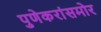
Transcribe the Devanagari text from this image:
पुणेकरांसमोर